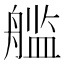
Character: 𮶙